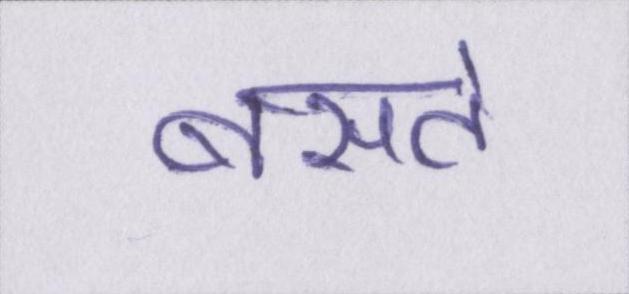
बसते